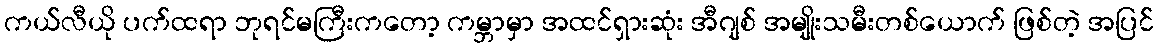
ကယ်လီယို ပက်ထရာ ဘုရင်မကြီးကတော့ ကမ္ဘာမှာ အထင်ရှားဆုံး အီဂျစ် အမျိုးသမီးတစ်ယောက် ဖြစ်တဲ့ အပြင်